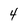
Character: 4